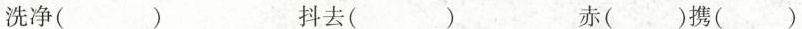
洗净( ) 抖去( ) 赤( )携( )